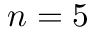
n = 5